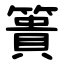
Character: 簣